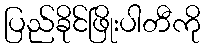
ပြည်ခိုင်ဖြိုးပါတီကို